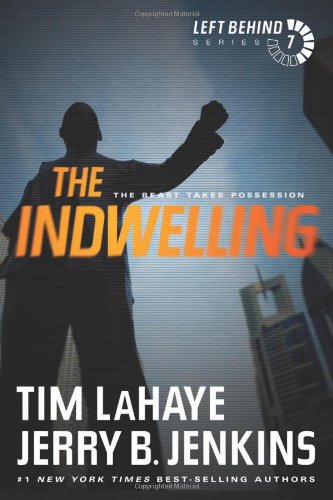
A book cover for The Indwelling: The Beast Takes Possession (Left Behind); Tim LaHaye; Christian Books & Bibles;